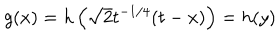
g ( x ) = h \left( \sqrt { 2 } t ^ { - 1 / 4 } ( t - x ) \right) = h ( y )